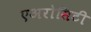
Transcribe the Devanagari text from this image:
एअरोसिटी